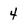
Character: 4